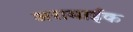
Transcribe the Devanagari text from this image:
अरामाईक